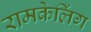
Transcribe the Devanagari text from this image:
रामकेलिंग